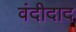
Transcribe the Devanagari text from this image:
वंदीदाद